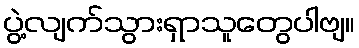
ပွဲ့လျက်သွားရှာသူတွေပါဗျ။